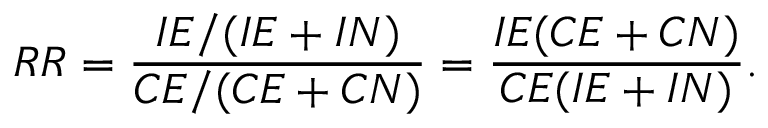
R R = { \frac { I E / ( I E + I N ) } { C E / ( C E + C N ) } } = { \frac { I E ( C E + C N ) } { C E ( I E + I N ) } } .